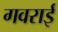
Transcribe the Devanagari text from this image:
गवराई